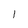
Character: 1